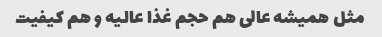
مثل همیشه عالی هم حجم غذا عالیه و هم کیفیت